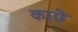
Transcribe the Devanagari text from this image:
काछे